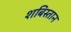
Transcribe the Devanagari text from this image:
शबिस्तान